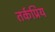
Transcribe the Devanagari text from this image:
तर्कप्रिय